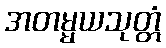
အတမ္မယသုတ္တံ